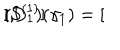
LaTeX: ( D _ { 1 } ) ( \gamma _ { 1 } ) = [ \hspace { - 0 . 7 m m } [ S ^ { ( 1 ) } ] \hspace { - 0 . 7 m m } ] ,